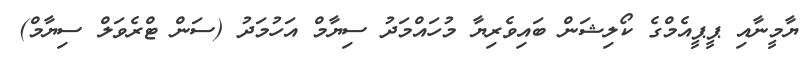
ޔާމީނާއި ޕީޕީއެމްގެ ކޯލިޝަން ބައިވެރިޔާ މުހައްމަދު ސިޔާމް އަހުމަދު (ސަން ޓްރެވަލް ސިޔާމް)